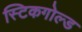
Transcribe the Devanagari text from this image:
स्टिकगोल्ड